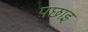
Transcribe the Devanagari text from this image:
पछाइ